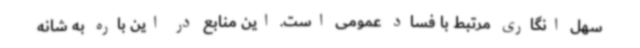
سهل انگاری مرتبط با فساد عمومی است. این منابع در این باره به شانه